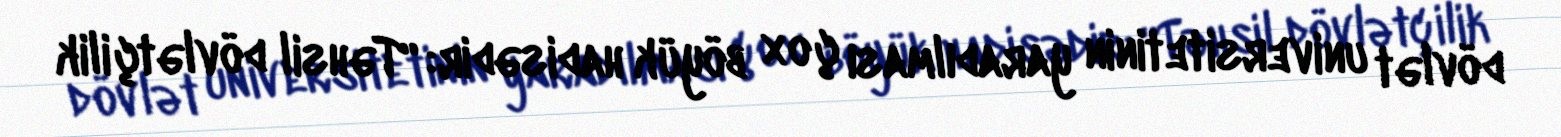
dövlət universitetinin yaradılması çox böyük hadisədir: “Təhsil dövlətçilik